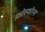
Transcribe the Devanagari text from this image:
फ़ोस्फोरस